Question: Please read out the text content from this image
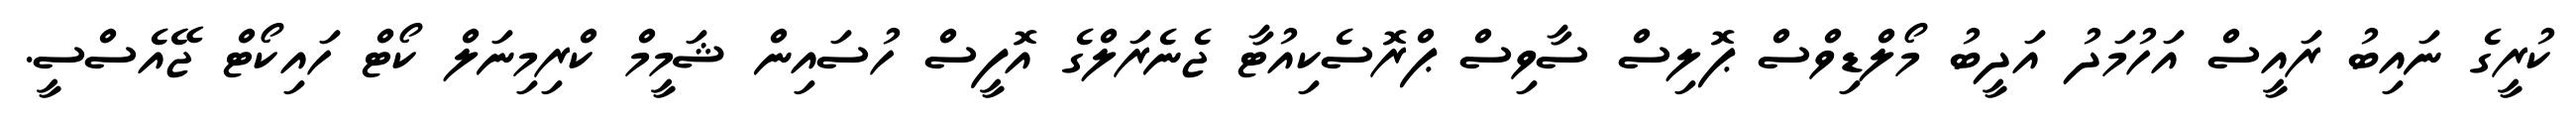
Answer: ކުރީގެ ނައިބު ރައީސް އަހުމަދު އަދީބު މޯލްޑިވްސް ޕޮލިސް ސާވިސް ޕްރޮސެކިއުޓާ ޖެނެރަލްގެ އޮފީސް ހުސައިން ޝަމީމް ކްރިމިނަލް ކޯޓް ހައިކޯޓް ޖޭއެސްސީ.